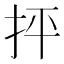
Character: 抨